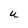
Character: U